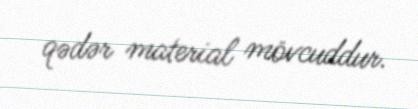
qədər material mövcuddur.